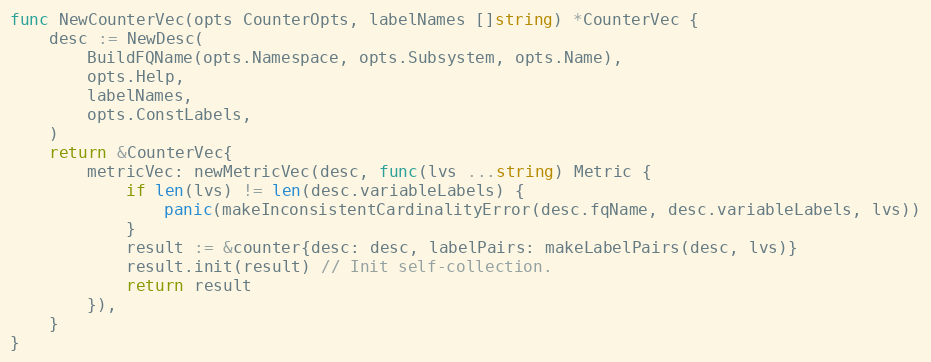
Language: Go
func NewCounterVec(opts CounterOpts, labelNames []string) *CounterVec {
	desc := NewDesc(
		BuildFQName(opts.Namespace, opts.Subsystem, opts.Name),
		opts.Help,
		labelNames,
		opts.ConstLabels,
	)
	return &CounterVec{
		metricVec: newMetricVec(desc, func(lvs ...string) Metric {
			if len(lvs) != len(desc.variableLabels) {
				panic(makeInconsistentCardinalityError(desc.fqName, desc.variableLabels, lvs))
			}
			result := &counter{desc: desc, labelPairs: makeLabelPairs(desc, lvs)}
			result.init(result) // Init self-collection.
			return result
		}),
	}
}